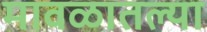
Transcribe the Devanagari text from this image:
मावळातल्या